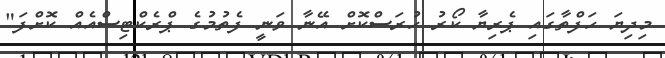
މިދިޔަ ހަފްތާގައި ޕެރިޔާ ކޯރު ހުރަސްކޮށް އޭނާ ވަނީ ފެތުމުގެ ޕްރެކްޓިސްއެއް ކޮށްފަ"